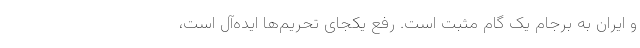
و ایران به برجام یک گام مثبت است. رفع یکجای تحریم‌ها ایده‌آل است،